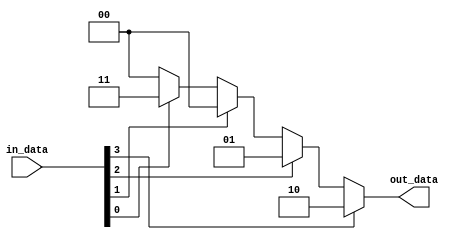
module priority_encoder (
    input [3:0] in_data,
    output [1:0] out_data
);

assign out_data = (in_data[3] == 1) ? 2 :
                  (in_data[2] == 1) ? 1 :
                  (in_data[1] == 1) ? 0 :
                  (in_data[0] == 1) ? 3 : 0;

endmodule